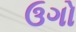
ઉગો